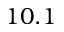
1 0 . 1